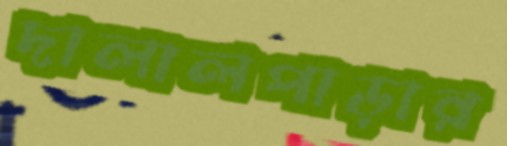
দালালপাড়ার